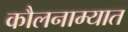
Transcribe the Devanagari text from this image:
कौलनाम्यात